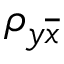
\rho _ { y \overline { { x } } }